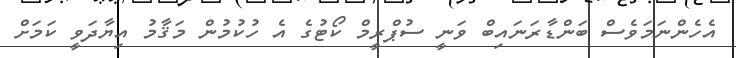
އެހެންނަމަވެސް ބަންޑާރަނައިބް ވަނީ ސުޕްރީމް ކޯޓުގެ އެ ހުކުމުން މަޤާމު އިޔާދަވީ ކަމަށް